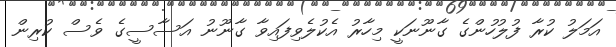
އަމަލު ކުރާ ފުލުހުންގެ ގާނޫނަކީ މިހާރު އެކުލެވިފައިވާ ގާނޫނު އަސާސީގެ ވެސް ކުރިން